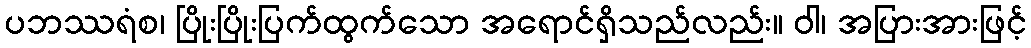
ပဘဿရံစ၊ ပြိုးပြိုးပြက်ထွက်သော အရောင်ရှိသည်လည်း။ ဝါ၊ အပြားအားဖြင့်